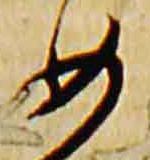
如